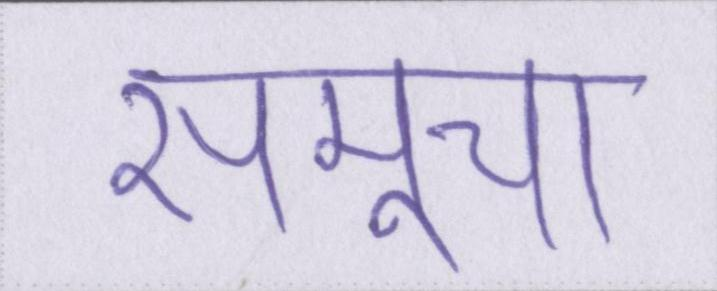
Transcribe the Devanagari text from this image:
समूचा